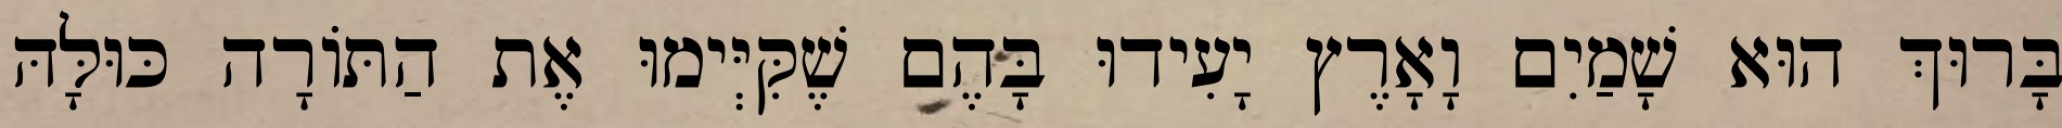
בָּרוּךְ הוּא שָׁמַיִם וָאָרֶץ יָעִידוּ בָּהֶם שֶׁקִּיְּימוּ אֶת הַתּוֹרָה כּוּלָּהּ